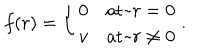
f ( r ) = \left\{ \begin{array} { l l } { { 0 } } & { { \mathrm { a t ~ } r = 0 } } \\ { { v } } & { { \mathrm { a t ~ } r \ne 0 } } \\ \end{array} \right. .